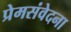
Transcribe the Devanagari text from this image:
प्रेमसंवेदना